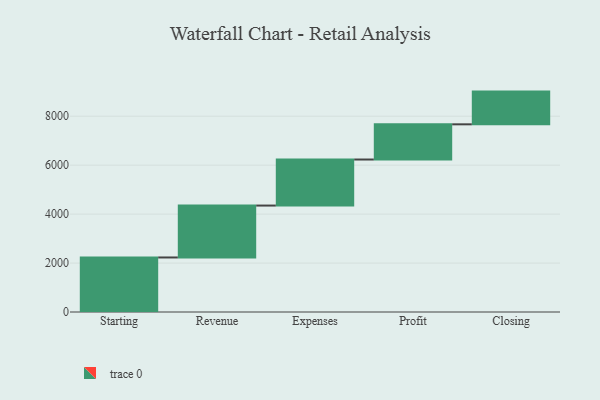
{"axis": {"x": "Step", "y": "Value"}, "legend": [""], "data": [{"x": "Starting", "y": 2228.0, "type": ""}, {"x": "Revenue", "y": 2121.0, "type": ""}, {"x": "Expenses", "y": 1881.0, "type": ""}, {"x": "Profit", "y": 1438.0, "type": ""}, {"x": "Closing", "y": 1337.0, "type": ""}]}